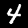
Digit: 4